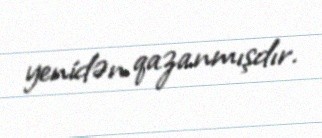
yenidən qazanmışdır.